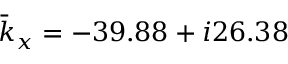
{ \bar { k } } _ { x } = - 3 9 . 8 8 + i 2 6 . 3 8